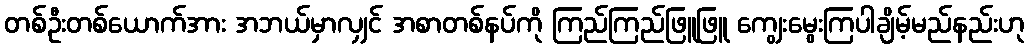
တစ်ဦးတစ်ယောက်အား အဘယ်မှာလျှင် အစာတစ်နပ်ကို ကြည်ကြည်ဖြူဖြူ ကျွေးမွေးကြပါချိမ့်မည်နည်းဟု